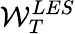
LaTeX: \mathcal{W}_{T}^{LES}